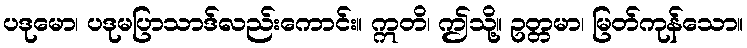
ပဒုမော၊ ပဒုမပြာသာဒ်လည်းကောင်း။ ဣတိ၊ ဤသို့။ ဥတ္တမာ၊ မြတ်ကုန်သော။